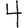
Digit: 4